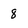
Character: 8